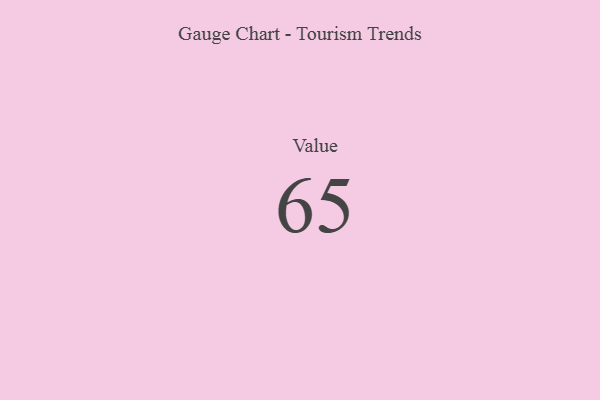
{"axis": {"x": "Metric", "y": "Value"}, "legend": [""], "data": [{"x": "Value", "y": 65, "type": ""}]}